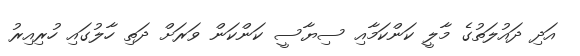
އަދި ދައުލަތުގެ މާލީ ކަންކަމާއި ސިޔާސީ ކަންކަން ވަރަށް ދަތި ހާލުގައި ހުރިއިރު